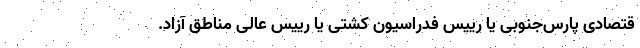
قتصادی پارس‌جنوبی یا رییس فدراسیون کُشتی یا رییس عالی مناطق آزاد.